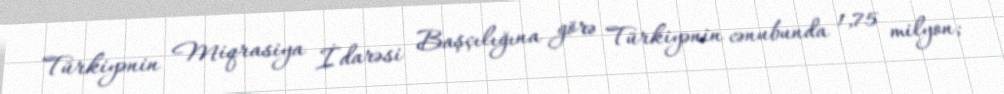
Türkiyənin Miqrasiya İdarəsi Başçılığına görə Türkiyənin cənubunda 1,75 milyon;